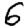
Digit: 6